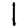
Digit: 1